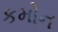
કમોન